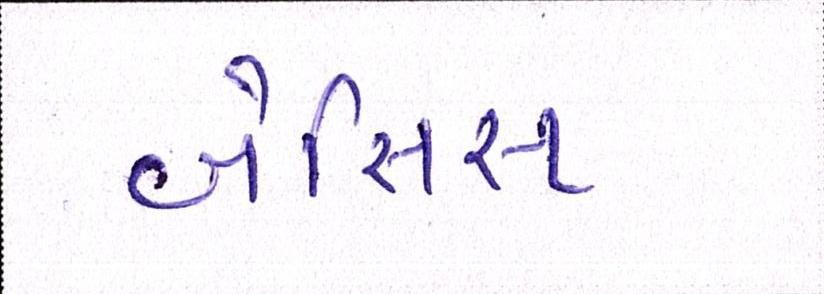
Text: બેસિસ